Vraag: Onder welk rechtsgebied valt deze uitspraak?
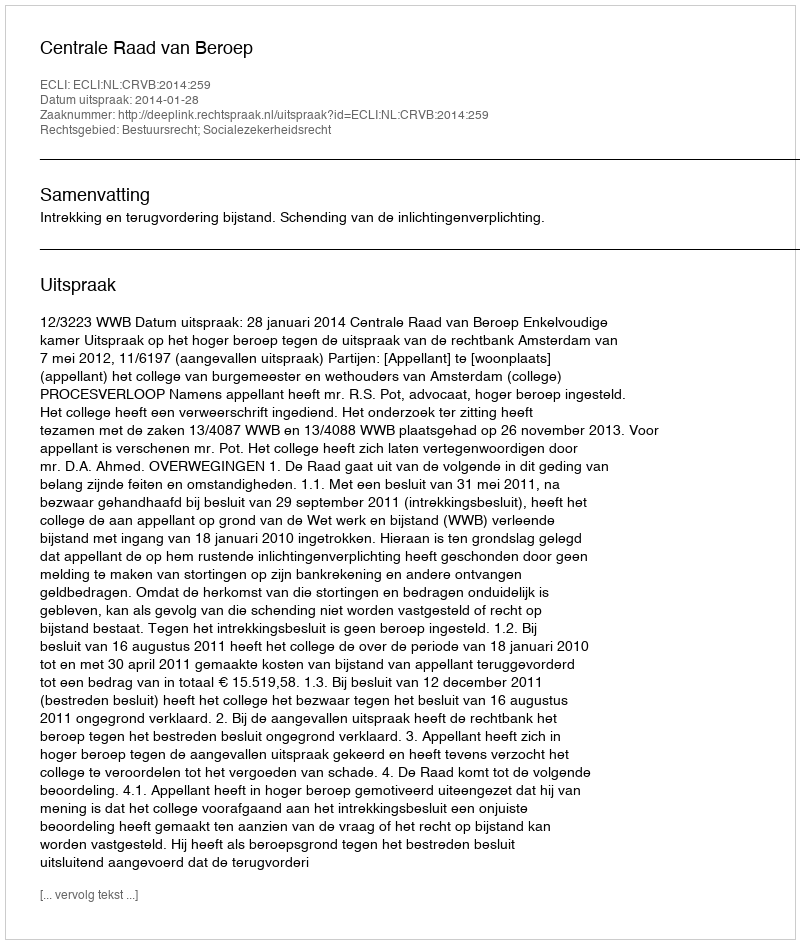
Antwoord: Bestuursrecht; Socialezekerheidsrecht